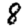
Digit: 8